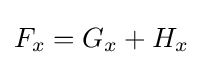
F_{x}=G_{x}+H_{x}